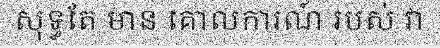
សុទ្ធតែ មាន គោលការណ៍ របស់ វា